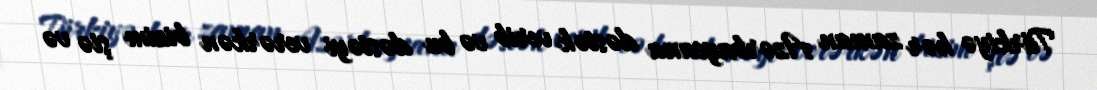
Türkiyə hər zaman Azərbaycana dəstək verib və bu dəstəyi verərkən bizim şiə və